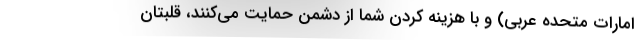
امارات متحده عربی) و با هزینه کردن شما از دشمن حمایت می‌کنند، قلبتان